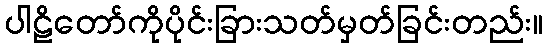
ပါဠိတော်ကိုပိုင်းခြားသတ်မှတ်ခြင်းတည်း။